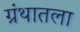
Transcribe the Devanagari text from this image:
ग्रंथातला